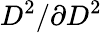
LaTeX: D^{2}/\partial{D^{2}}